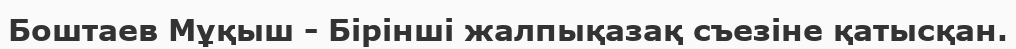
Боштаев Мұқыш - Бірінші жалпықазақ съезіне қатысқан.